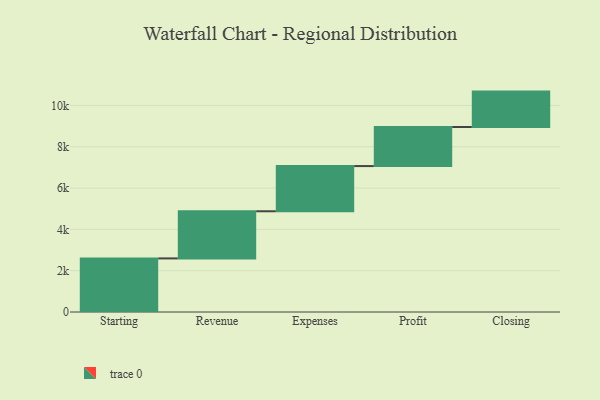
{"axis": {"x": "Step", "y": "Value"}, "legend": [""], "data": [{"x": "Starting", "y": 2595.0, "type": ""}, {"x": "Revenue", "y": 2283.0, "type": ""}, {"x": "Expenses", "y": 2188.0, "type": ""}, {"x": "Profit", "y": 1891.0, "type": ""}, {"x": "Closing", "y": 1715.0, "type": ""}]}